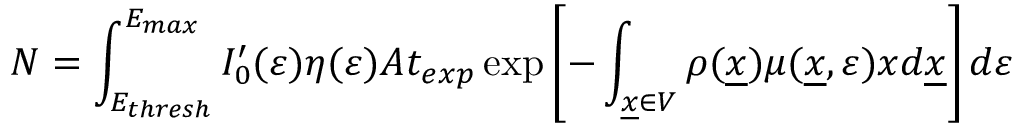
N = \int _ { E _ { t h r e s h } } ^ { E _ { m a x } } I _ { 0 } ^ { \prime } ( \varepsilon ) \eta ( \varepsilon ) A t _ { e x p } \exp \left[ - \int _ { \underline { { x } } \in V } \rho ( \underline { { x } } ) \mu ( \underline { { x } } , \varepsilon ) x d \underline { { x } } \right] d \varepsilon